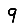
Digit: 9